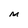
Character: M